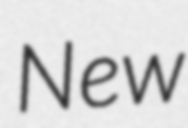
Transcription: New